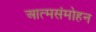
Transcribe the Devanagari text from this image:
आत्मसंमोहन